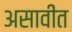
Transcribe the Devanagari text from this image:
असावींत